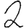
Digit: 2